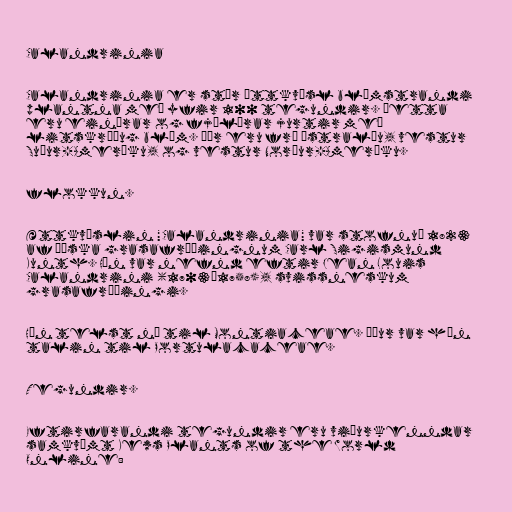
Calandrinia

Calandrinia er stór ættkvísl blómstrandi
plantna með yfir 100 tegundir. Þetta
eru einærar og fjölærar jurtir með
litskrúðug blóm. Þær eru frá Ástralíu, vestur
Suður-Ameríku, og vestur Norður-Ameríku.

flokkun.

Ættkvíslin "Calandrinia" var stofnuð 1823
af þýska grasafræðingnum Carl Sigismund
Kunth. Hún var nefnd eftir Jean Louis
Calandrini (1703–1758), svissneskum
grasafræðingi.

Hún telst nú til Montiaceae. Áður var hún
talin til Portulacaceae.

Tegundir.

Eftirfarandi tegundir eru viðurkenndar
samkvæmt Kews Plants of the World
Online: